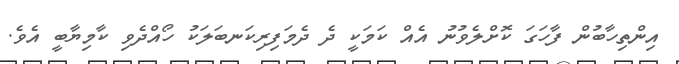
އިންތިހާބުން ފާހަގަ ކޮށްލެވުނު އެއް ކަމަކީ ދެ ދެމަފިރިކަނބަލަކު ހޯއްދެވި ކާމިޔާބީ އެވެ.